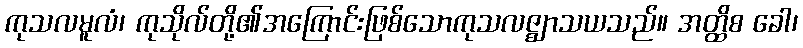
ကုသလမူလံ၊ ကုသိုလ်တို့၏အကြောင်းဖြစ်သောကုသလဇ္ဈာသယသည်။ အတ္ထိစ ခေါ၊